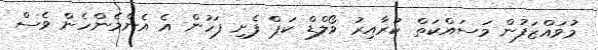
މުވައްޒަފުން މަސައްކަތް ކުރާއިރު ވޯލްޑް ކަޕް ފެށި ފަހުން އެ އެންމެންހެން ވެސް